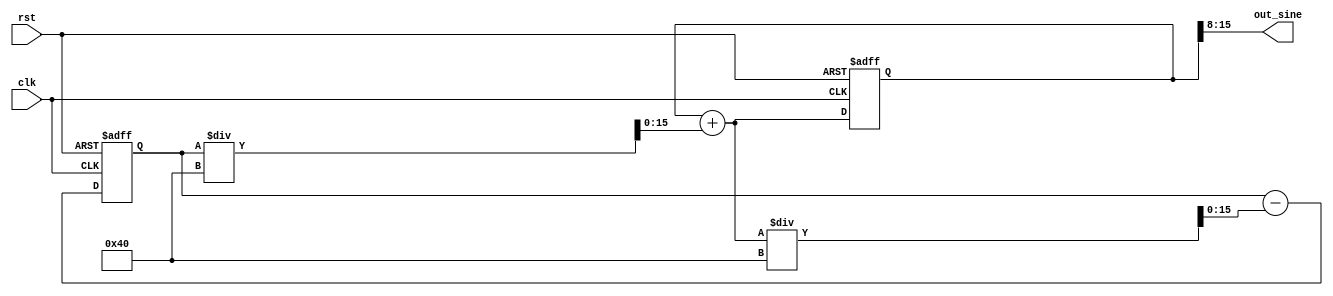
`timescale 1ns/1ns
module sine(input clk,rst,output [7:0] out_sine);
  reg signed[15:0] cos,sin;
      
  always@(posedge clk,posedge rst) begin:count_up
  if(rst) begin
    sin<=16'b0000000000000000;
    cos<=16'b0111010100110000;
  end
  else begin
    sin=sin + cos / 64;
    cos=cos - sin / 64;
  end
  end
  
  assign out_sine=sin[15:8];
endmodule